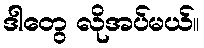
ဒါတွေ လိုအပ်မယ်။